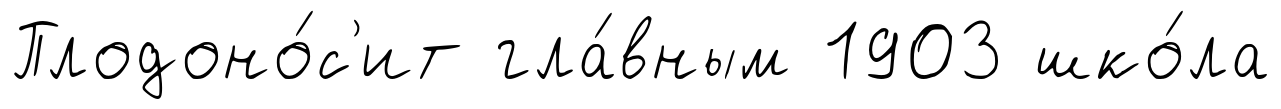
Плодоно́с'ит гла́вным 1903 шко́ла